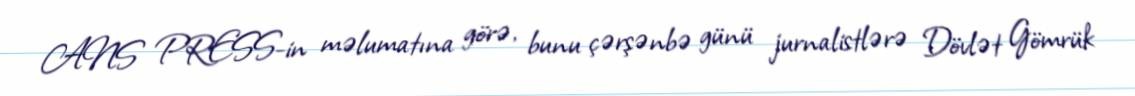
ANS PRESS-in məlumatına görə, bunu çərşənbə günü jurnalistlərə Dövlət Gömrük